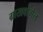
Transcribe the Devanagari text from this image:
ग्राखवोगेल